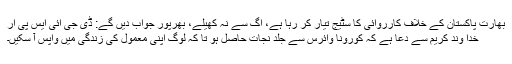
بھارت پاکستان کے خلاف کارروائی کا سٹیج تیار کر رہا ہے، آگ سے نہ کھیلے، بھرپور جواب دیں گے: ڈی جی آئی ایس پی آر
خدا وند کریم سے دعا ہے کہ کورونا وائرس سے جلد نجات حاصل ہو تا کہ لوگ اپنی معمول کی زندگی میں واپس آ سکیں۔